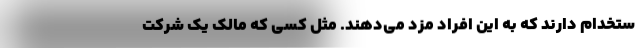
ستخدام دارند که به این افراد مزد می‌دهند. مثل کسی که مالک یک شرکت